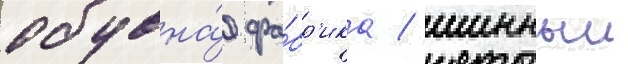
обувна́я фа́бр'ика / шинныи